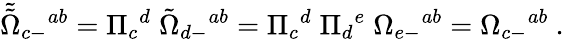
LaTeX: {\tilde{\tilde{\Omega}}}_{c-}{}^{ab}=\Pi_{c}{}^{d}\; {\tilde{\Omega}}_{d-}{}^{ab}=\Pi_{c}{}^{d}\; \Pi_{d}{}^{e}\; \Omega_{e-}{}^{ab}=\Omega_{c-}{}^{ab}\ .